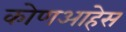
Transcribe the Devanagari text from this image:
कोणआहेस